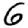
Digit: 6